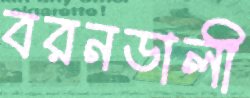
বরনডালী